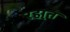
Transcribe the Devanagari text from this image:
रहा्त